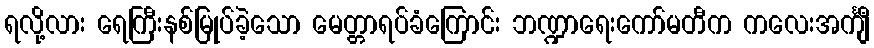
ရလို့လား ရေကြီးနစ်မြုပ်ခဲ့သော မေတ္တာရပ်ခံကြောင်း ဘဏ္ဍာရေးကော်မတီက ကလေးအင်္ကျီ